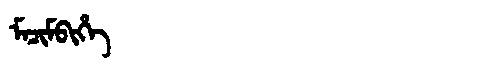
Manchu: ᠮᠠᠴᡳᠮᠪᡳᡥᡝ
Romanization: MACIMBIHE